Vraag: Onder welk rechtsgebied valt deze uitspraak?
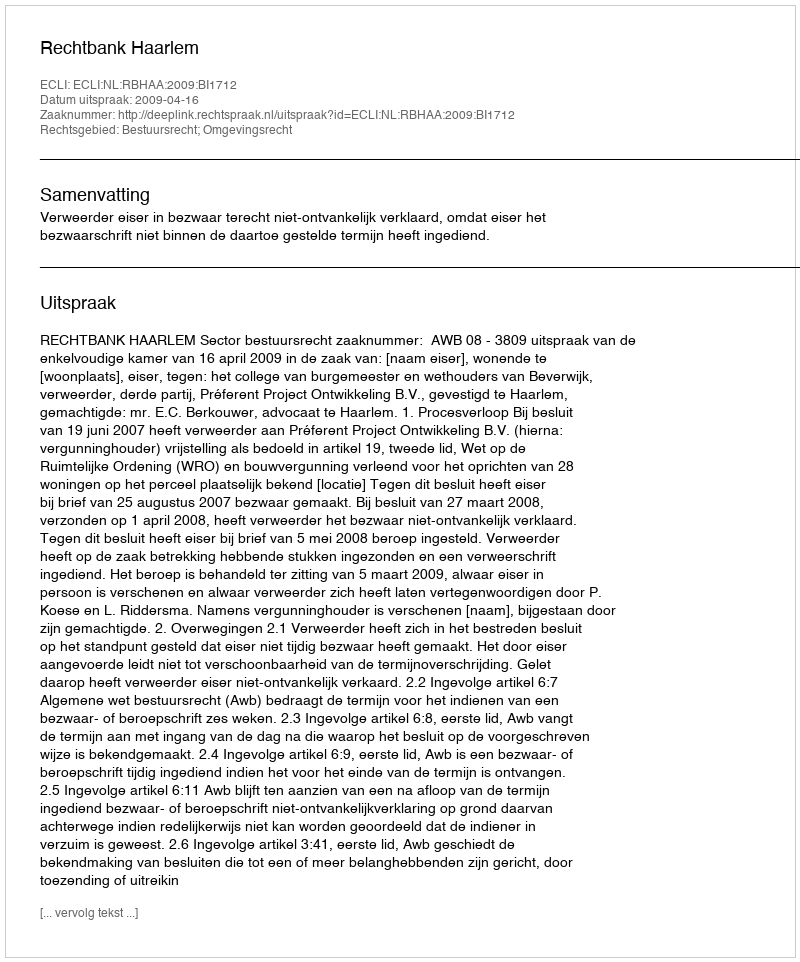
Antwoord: Bestuursrecht; Omgevingsrecht